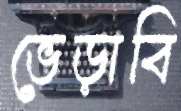
ভেড়াবি